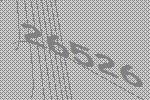
26526